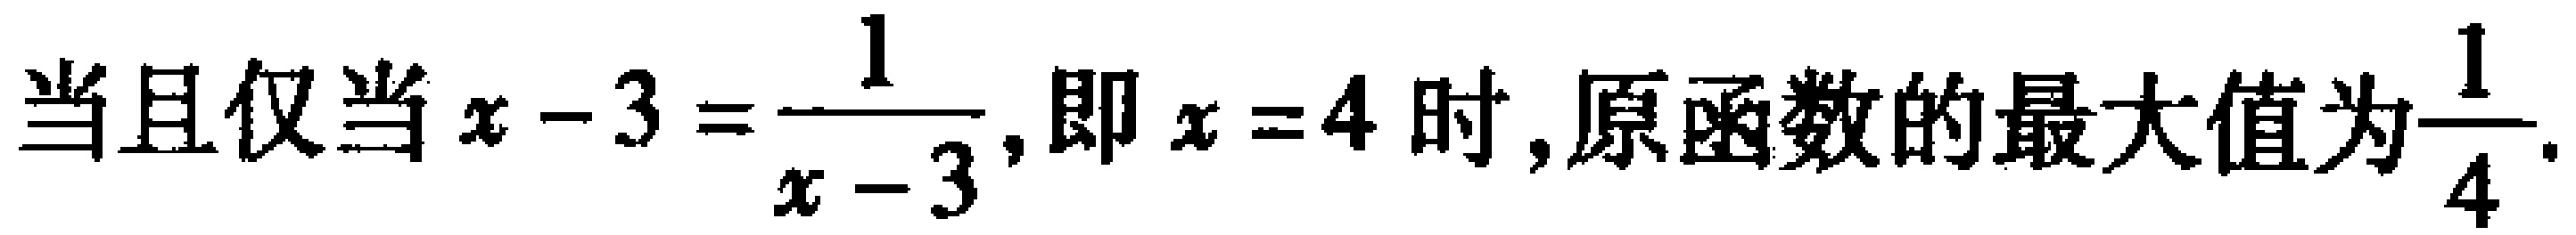
当且仅当\(x - 3 = \dfrac{1}{x - 3}\),即\(x = 4\)时,原函数的最大值为\(\dfrac{1}{4}\).